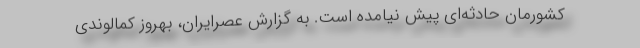
کشورمان حادثه‌ای پیش نیامده است. به گزارش عصرایران، بهروز کمالوندی